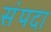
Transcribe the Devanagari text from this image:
संंपदा